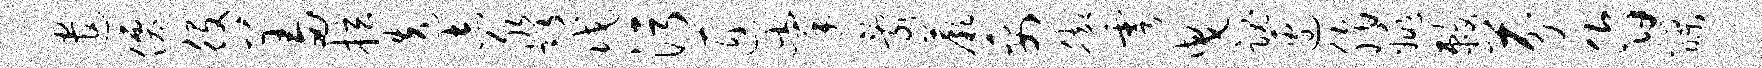
遣仙役羞拉迭志淼戊污匠掌乱蕨妥脚雩曳魂边脂姚敕芬昏醪